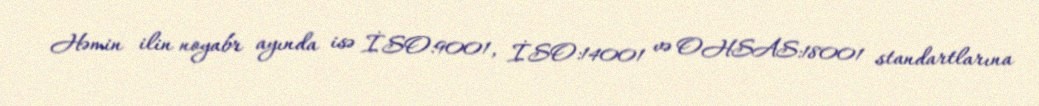
Həmin ilin noyabr ayında isə İSO:9001, İSO:14001 və OHSAS:18001 standartlarına